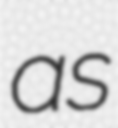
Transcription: as